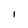
Character: l